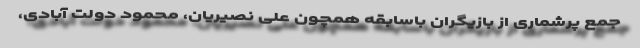
جمع پرشماری از بازیگران باسابقه همچون علی نصیریان، محمود دولت آبادی،